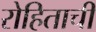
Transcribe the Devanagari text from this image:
रोहिताची